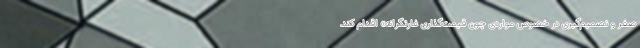
صفر و تصمیم‌گیری در خصوص مواردی چون قیمت‌گذاری غارتگرانه» اقدام کند.